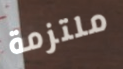
ملتزمة